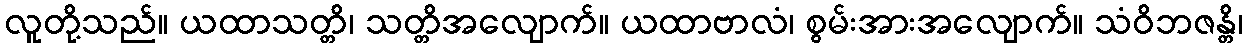
လူတို့သည်။ ယထာသတ္တိ၊ သတ္တိအလျောက်။ ယထာဗာလံ၊ စွမ်းအားအလျောက်။ သံဝိဘဇန္တိ၊